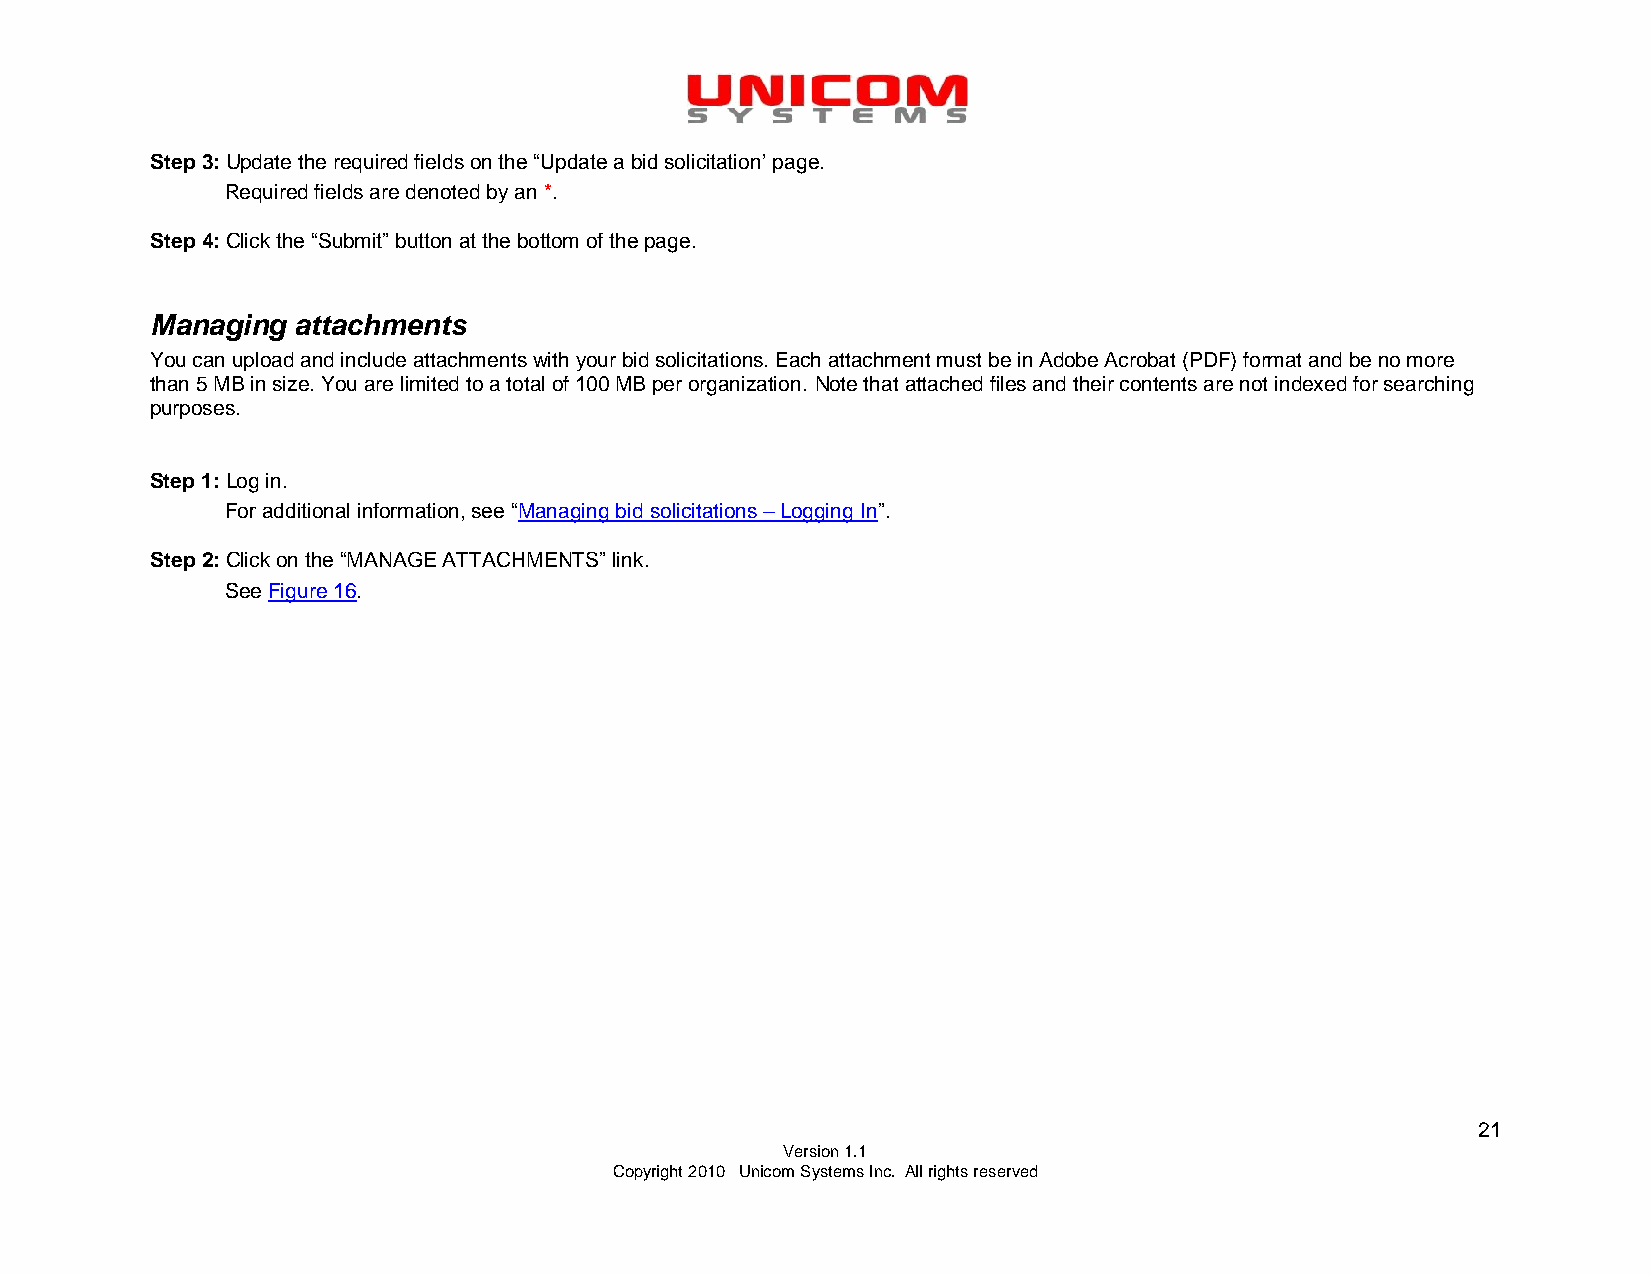
Step 3: Update the required fields on the “Update a bid solicitation’ page.
 Required fields are denoted by an *.
 Step 4: Click the “Submit” button at the bottom of the page.
 Managing attachments
 You can upload and include attachments with your bid solicitations. Each attachment must be in Adobe Acrobat (PDF) format and be no more
 than 5 MB in size. You are limited to a total of 100 MB per organization. Note that attached files and their contents are not indexed for searching
 purposes.
 Step 1: Log in.
 For additional information, see “Managing bid solicitations – Logging In”.
 Step 2: Click on the “MANAGE ATTACHMENTS” link.
 See Figure 16.
 21
 Version 1.1
 Copyright 2010 Unicom Systems Inc. All rights reserved